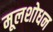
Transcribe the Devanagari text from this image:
मूलशोधन